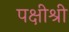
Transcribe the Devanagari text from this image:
पक्षीश्री